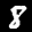
Label: 8